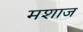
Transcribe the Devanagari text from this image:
मशाज